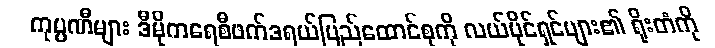
ကုမ္ပဏီများ ဒီမိုကရေစီဖက်ဒရယ်ပြည်ထောင်စုကို လယ်ပိုင်ရှင်များ၏ ရိုးတံကို